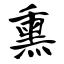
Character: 熏